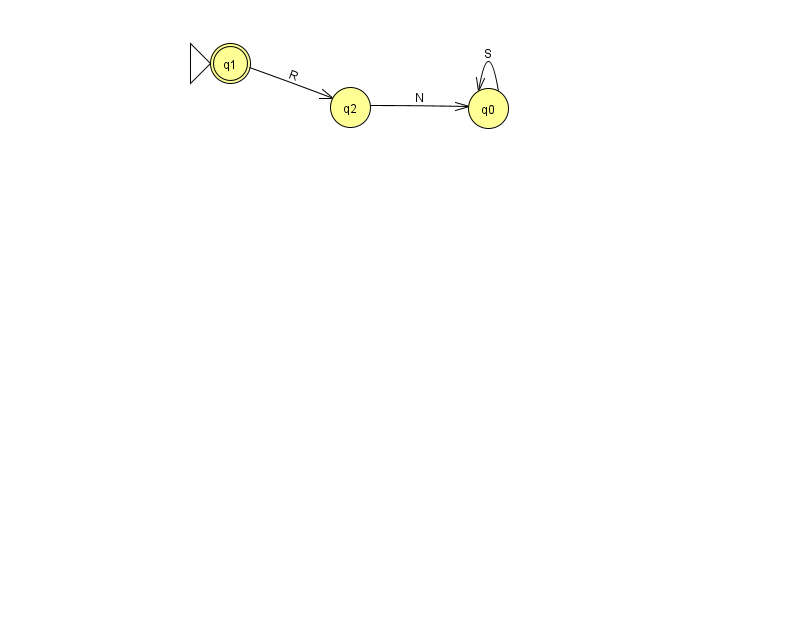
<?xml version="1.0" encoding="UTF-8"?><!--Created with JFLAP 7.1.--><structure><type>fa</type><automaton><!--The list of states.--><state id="0" name="q0"><x>488.0</x><y>95.0</y></state><state id="1" name="q1"><x>230.0</x><y>50.0</y><initial/><final/></state><state id="2" name="q2"><x>350.0</x><y>94.0</y></state><!--The list of transitions.--><transition><from>1</from><to>2</to><read>R</read></transition><transition><from>0</from><to>0</to><read>S</read></transition><transition><from>2</from><to>0</to><read>N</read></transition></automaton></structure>